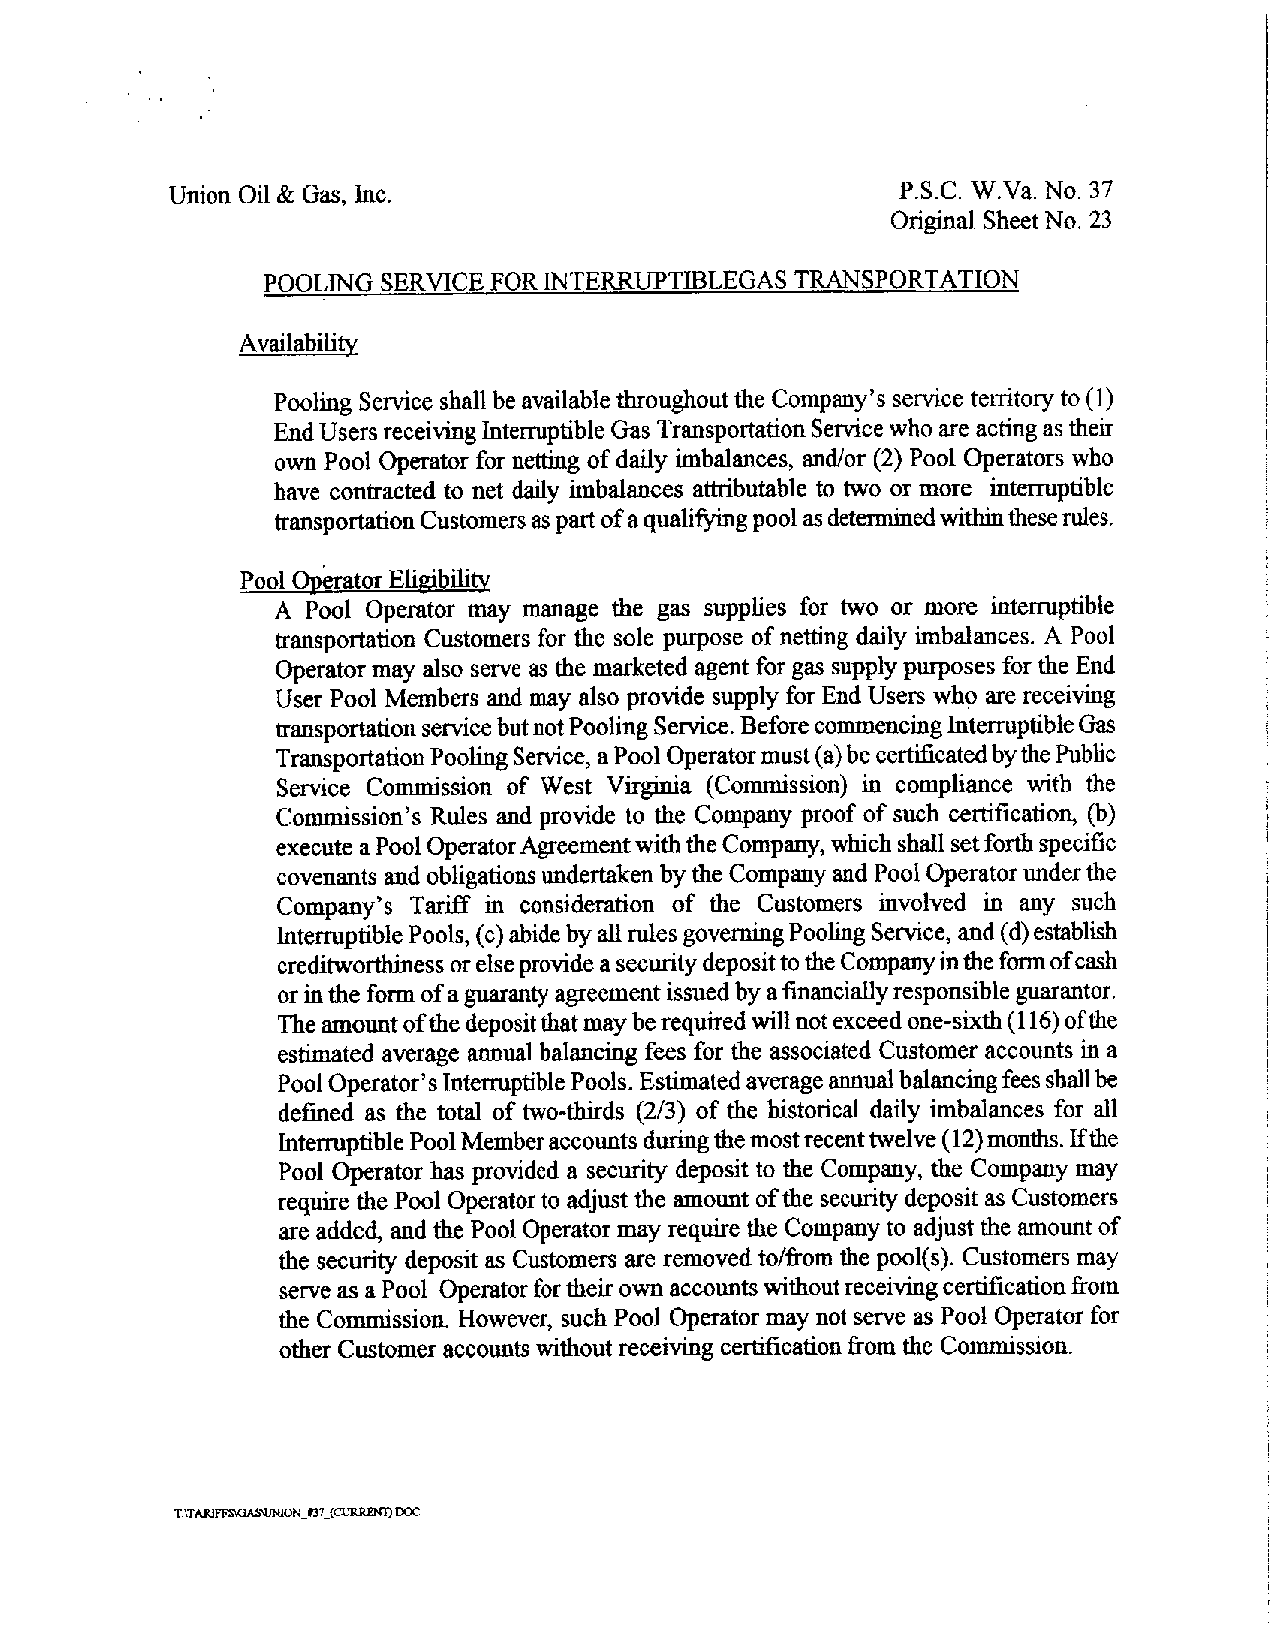
Union Oil & Gas, Inc.                            P.S.C. W.Va. No. 37
 OriginalSheet No. 23
 POOLINGSERVICEFORINTERRUPTIBLEGAS   TRANSPORTATION
 Availability
 PoolingServiceshall beavailablethroughouttheCompany sservice territoryto(1)
 EndUsersreceivingInterruptibleGasTransportationService whoareactingastheir
 own Pool Operator for netting of daily imbalances, and/or (2) Pool Operators who
 have contracted to net daily imbalances attributable to two or more interruptible
 transportationCustomersaspartofaqualifyingpoolasdeterminedwithintheserules.
 Pool Operator Eligibility
 A Pool Operator may manage the gas supplies for two or more interruptible
 transportation Customersfor the sole purpose of netting daily imbalances. A Pool
 Operatormay alsoserve as the marketed agentforgassupplypurposesfor the End
 User Pool Members and may also provide supply for End Users who are receiving
 transportationservicebutnotPoolingService.BeforecommencingInterruptibleGas
 TransportationPoolingService,aPoolOperatormust(a)becertificatedbythePublic
 Service Commission of West Virginia (Commission) in compliance with the
 Commission’s Rules and provide to the Company proof of such certification, (b)
 executeaPoolOperatorAgreementwiththeCompany,whichshallsetforthspecific
 covenants and obligationsundertaken bytheCompanyand PoolOperator underthe
 Company’s Tariff in consideration of the Customers involved in any such
 InterruptiblePools,(c)abidebyallrulesgoverningPoolingService,and(d)establish
 creditworthinessorelseprovideasecuritydeposittotheCompanyintheformofcash
 orintheformofaguarantyagreementissuedbyafinanciallyresponsibleguarantor.
 -
 Theamountofthedepositthatmayberequired willnotexceedone sixth(116)ofthe
 estimated average annual balancing fees for the associated Customer accounts in a
 PoolOperator’sInterruptiblePools.Estimatedaverageannualbalancingfeesshallbe
 -
 defined as the total of two thirds (2/3) of the historical daily imbalances for all
 InterruptiblePoolMemberaccountsduringthemostrecenttwelve(12)months.Ifthe
 Pool Operator has provided a security deposit to the Company, the Company may
 require the Pool Operatortoadjust the amount of thesecuritydepositasCustomers
 areadded, and the PoolOperatormay requiretheCompanyto adjust the amountof
 thesecurity deposit as Customers are removed to/from the pool(s). Customers may
 serveasaPool Operatorfortheirownaccountswithoutreceivingcertificationfrom
 the Commission. However, such Pool Operator may notserve as Pool Operatorfor
 other Customeraccountswithoutreceivingcertificationfrom the Commission.
 _
 _
 TATARlFFaQA£MJNION f37(CURRE!fr).DOC